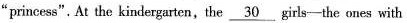
"princess". At the kindergarten, the \underline{30} girls - the ones with